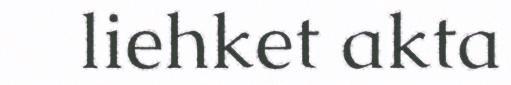
liehket akta